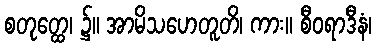
စတုတ္ထေ၊ ၌။ အာမိသဟေတူတိ၊ ကား။ စီဝရာဒီနံ၊